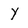
Character: Y